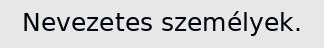
Nevezetes személyek.